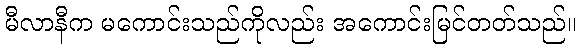
မီလာနီက မကောင်းသည်ကိုလည်း အကောင်းမြင်တတ်သည်။